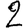
Digit: 2